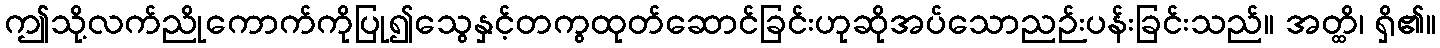
ဤသို့လက်ညိုကောက်ကိုပြု၍သွေနှင့်တကွထုတ်ဆောင်ခြင်းဟုဆိုအပ်သောညဉ်းပန်းခြင်းသည်။ အတ္ထိ၊ ရှိ၏။